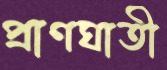
প্রাণঘাতী